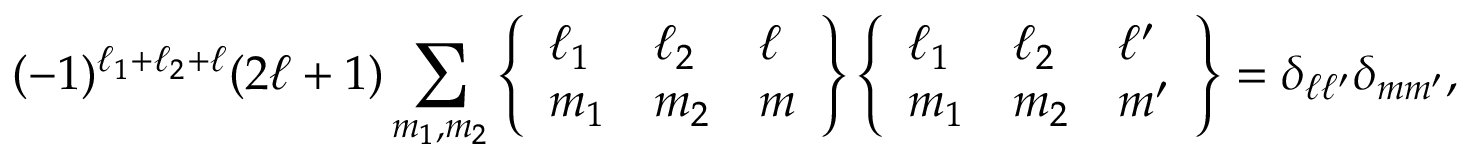
( - 1 ) ^ { \ell _ { 1 } + \ell _ { 2 } + \ell } ( 2 \ell + 1 ) \sum _ { m _ { 1 } , m _ { 2 } } \left\{ \begin{array} { l l l } { \ell _ { 1 } } & { \ell _ { 2 } } & { \ell } \\ { m _ { 1 } } & { m _ { 2 } } & { m } \end{array} \right\} \left\{ \begin{array} { l l l } { \ell _ { 1 } } & { \ell _ { 2 } } & { \ell ^ { \prime } } \\ { m _ { 1 } } & { m _ { 2 } } & { m ^ { \prime } } \end{array} \right\} = \delta _ { \ell \ell ^ { \prime } } \delta _ { m m ^ { \prime } } ,